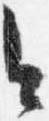
今